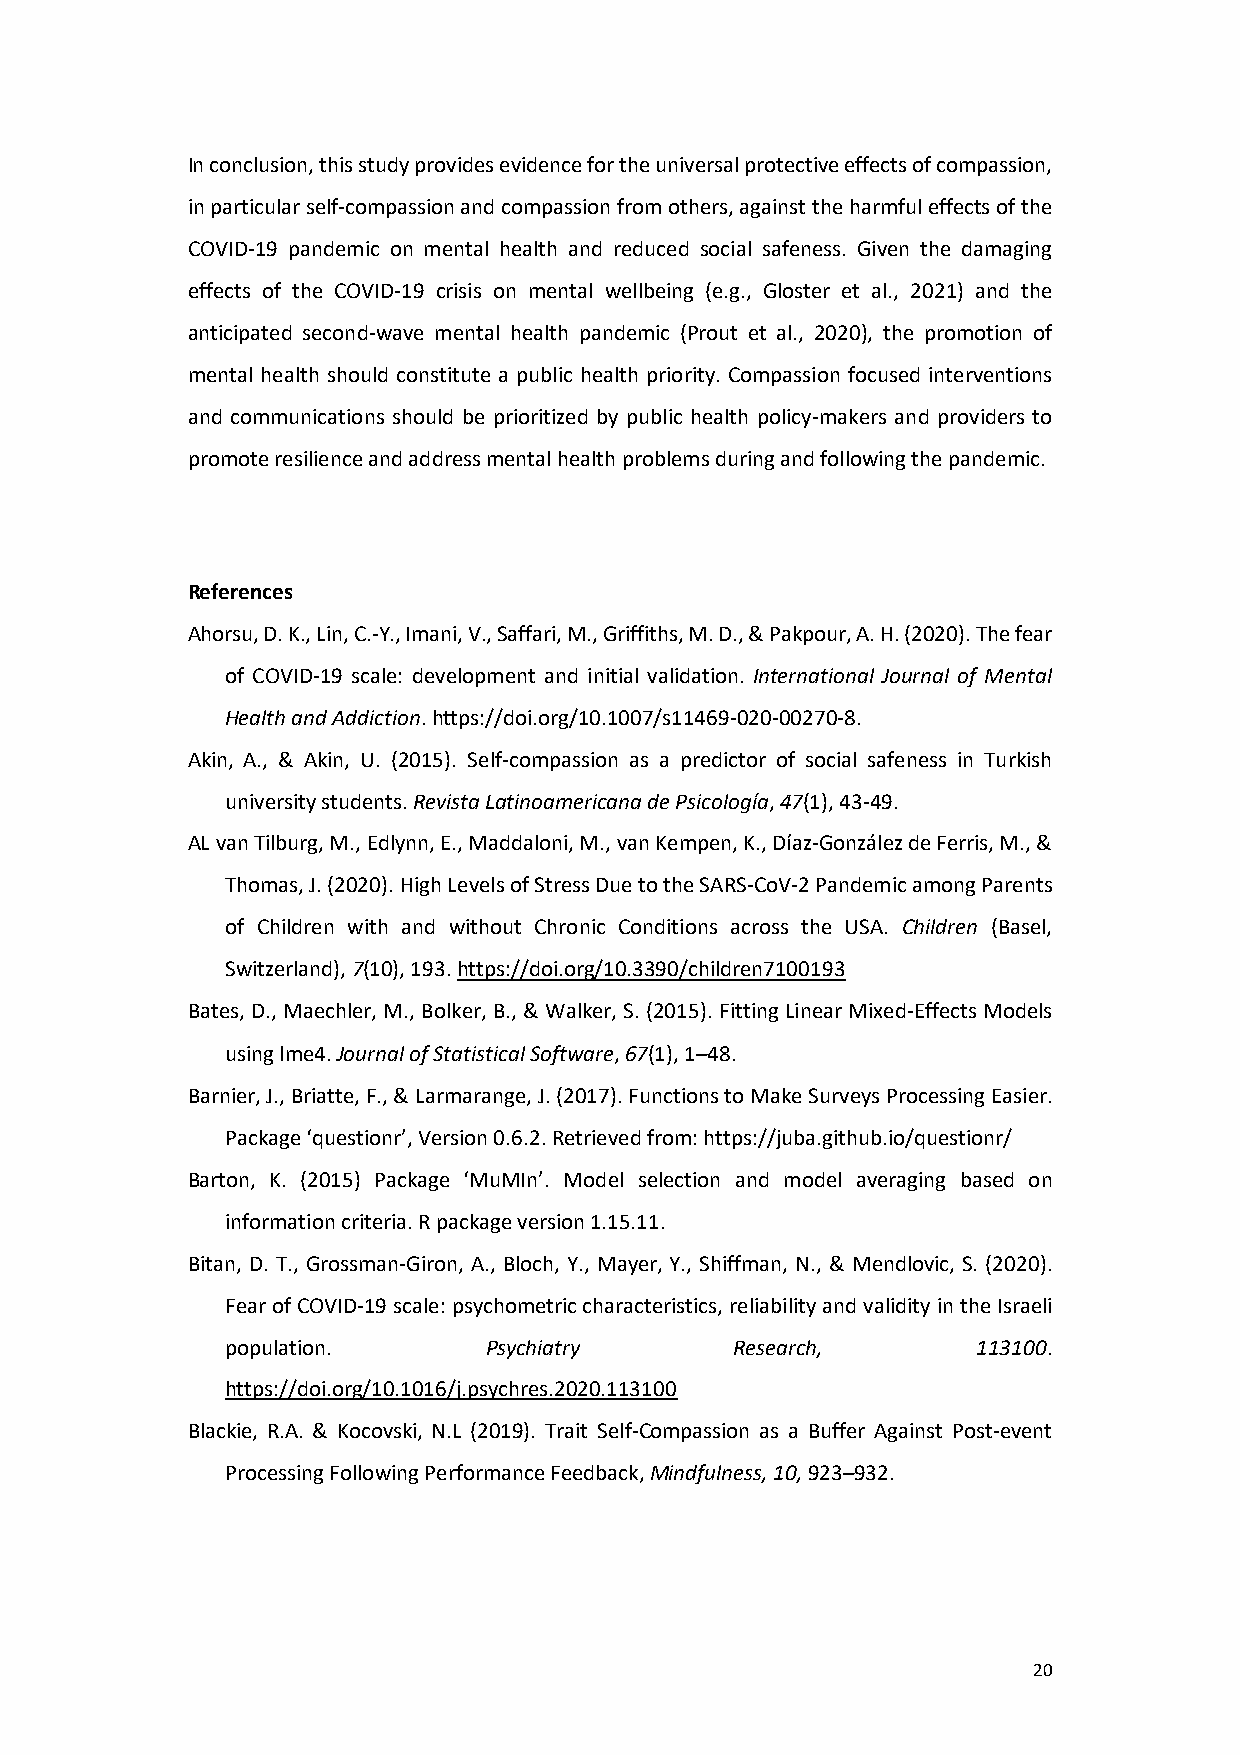
In conclusion, this study provides evidence for the universal protective effects of compassion,
 in particular self-compassion and compassion from others, against the harmful effects of the
 COVID-19 pandemic on mental health and reduced social safeness. Given the damaging
 effects of the COVID-19 crisis on mental wellbeing (e.g., Gloster et al., 2021) and the
 anticipated second-wave mental health pandemic (Prout et al., 2020), the promotion of
 mental health should constitute a public health priority. Compassion focused interventions
 and communications should be prioritized by public health policy-makers and providers to
 promote resilience and address mental health problems during and following the pandemic.
 References
 Ahorsu, D. K., Lin, C.-Y., Imani, V., Saffari, M., Griffiths, M. D., & Pakpour, A. H. (2020). The fear
 of COVID-19 scale: development and initial validation. International Journal of Mental
 Health and Addiction. https://doi.org/10.1007/s11469-020-00270-8.
 Akin, A., & Akin, U. (2015). Self-compassion as a predictor of social safeness in Turkish
 university students. Revista Latinoamericana de Psicología, 47(1), 43-49.
 AL van Tilburg, M., Edlynn, E., Maddaloni, M., van Kempen, K., Díaz-González de Ferris, M., &
 Thomas, J. (2020). High Levels of Stress Due to the SARS-CoV-2 Pandemic among Parents
 of Children with and without Chronic Conditions across the USA. Children (Basel,
 Switzerland), 7(10), 193. https://doi.org/10.3390/children7100193
 Bates, D., Maechler, M., Bolker, B., & Walker, S. (2015). Fitting Linear Mixed-Effects Models
 using lme4. Journal of Statistical Software, 67(1), 1–48.
 Barnier, J., Briatte, F., & Larmarange, J. (2017). Functions to Make Surveys Processing Easier.
 Package ‘questionr’, Version 0.6.2. Retrieved from: https://juba.github.io/questionr/
 Barton, K. (2015) Package ‘MuMIn’. Model selection and model averaging based on
 information criteria. R package version 1.15.11.
 Bitan, D. T., Grossman-Giron, A., Bloch, Y., Mayer, Y., Shiffman, N., & Mendlovic, S. (2020).
 Fear of COVID-19 scale: psychometric characteristics, reliability and validity in the Israeli
 population.      Psychiatry       Research,       113100.
 https://doi.org/10.1016/j.psychres.2020.113100
 Blackie, R.A. & Kocovski, N.L (2019). Trait Self-Compassion as a Buffer Against Post-event
 Processing Following Performance Feedback, Mindfulness, 10, 923–932.
 20